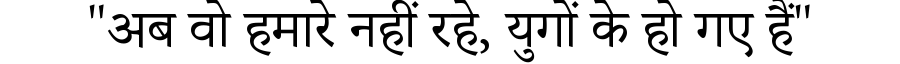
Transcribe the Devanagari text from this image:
"अब वो हमारे नहीं रहे, युगों के हो गए हैं"